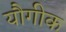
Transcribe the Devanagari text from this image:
यौगीक